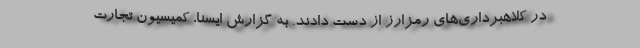
در کلاهبرداری‌های رمزارز از دست دادند. به گزارش ایسنا، کمیسیون تجارت